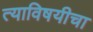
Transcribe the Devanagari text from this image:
त्याविषयीचा